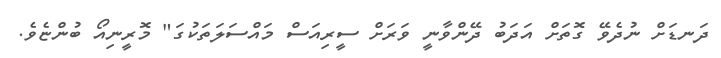
ދަނޑަށް ނުދެވޭ ގޮތަށް އަދަބު ދޭންވާނީ ވަރަށް ސީރިއަސް މައްސަލަތަކުގަ" މޮރީނިއޯ ބުންޏެވެ.